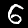
Label: 6